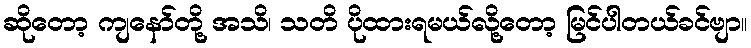
ဆိုတော့ ကျနော်တို့ အသိ၊ သတိ ပိုထားရမယ်လို့တော့ မြင်ပါတယ်ခင်ဗျာ။